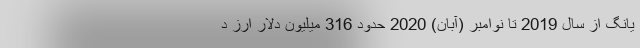
یانگ از سال 2019 تا نوامبر (آبان) 2020 حدود 316 میلیون دلار ارز د